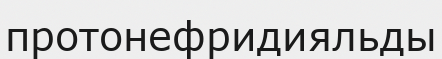
протонефридияльды